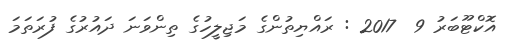
އޮކްޓޫބަރު 9  2017 : ރައްޔިތުންގެ މަޖިލީހުގެ ތިންވަނަ ދައުރުގެ ފުރަތަމަ